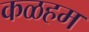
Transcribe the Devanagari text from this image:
कळहम